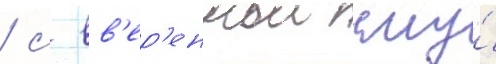
/ с вв'ер'еннои ему́